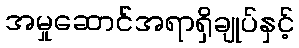
အမှုဆောင်အရာရှိချုပ်နှင့်